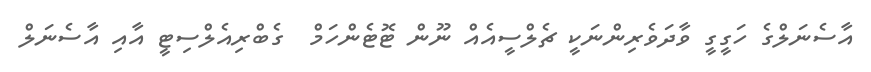
އާސެނަލްގެ ހަގީގީ ވާދަވެރިންނަކީ ޗެލްސީއެއް ނޫން ޓޮޓެންހަމް  ގެބްރިއެލްސިޓީ އާއި އާސެނަލް